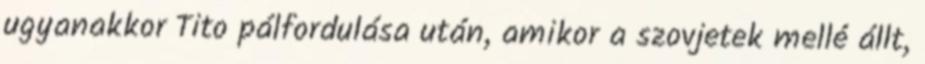
ugyanakkor Tito pálfordulása után, amikor a szovjetek mellé állt,